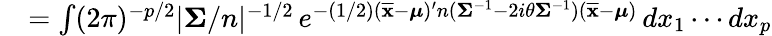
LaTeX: {\begin{array}{rl}&{=\int(2\pi)^{-p/2}|{\boldsymbol{\Sigma}}/n|^{-1/2}\, e^{-(1/2)({\overline{{\mathbf{x}}}}-{\boldsymbol{\mu}})^{\prime}n({\boldsymbol{\Sigma}}^{-1}-2i\theta{\boldsymbol{\Sigma}}^{-1})({\overline{{\mathbf{x}}}}-{\boldsymbol{\mu}})}\, dx_{1}\cdots dx_{p}}\end{array}}